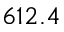
6 1 2 . 4